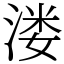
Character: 溇